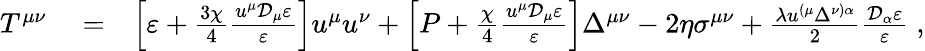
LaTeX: \begin{array}{rlr}{T^{\mu\nu}}&{{}=}&{\left[\varepsilon+\frac{3\chi}{4}\frac{u^{\mu}\mathcal{D}_{\mu}\varepsilon}{\varepsilon}\right]u^{\mu}u^{\nu}+\left[P+\frac{\chi}{4}\frac{u^{\mu}\mathcal{D}_{\mu}\varepsilon}{\varepsilon}\right]\Delta^{\mu\nu}-2\eta\sigma^{\mu\nu}+\frac{\lambda u^{(\mu}\Delta^{\nu)\alpha}}{2}\frac{\mathcal{D}_{\alpha}\varepsilon}{\varepsilon}\; ,}\end{array}